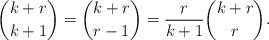
LaTeX: \begin{align*}\dbinom{k+r}{k+1}=\dbinom{k+r}{r-1}=\dfrac{r}{k+1}\dbinom{k+r}{r}.\end{align*}